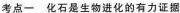
考点一 化石是生物进化的有力证据